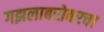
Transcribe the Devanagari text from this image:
गझलाबरोबरचा